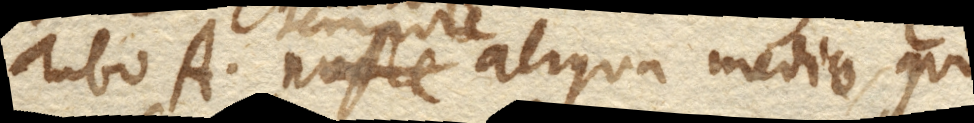
Tubo A. nocte tempore aliqua medio, quo